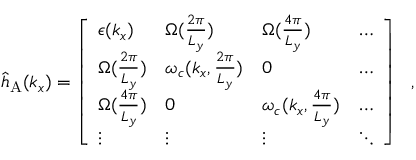
\begin{array} { r } { { \hat { h } } _ { \mathrm { A } } ( { k _ { x } } ) = \left[ \begin{array} { l l l l } { \epsilon ( k _ { x } ) } & { { \Omega } ( \frac { 2 \pi } { L _ { y } } ) } & { { \Omega } ( \frac { 4 \pi } { L _ { y } } ) } & { \hdots } \\ { { \Omega } ( \frac { 2 \pi } { L _ { y } } ) } & { \omega _ { c } ( { k _ { x } , \frac { 2 \pi } { L _ { y } } } ) } & { 0 } & { \hdots } \\ { { \Omega } ( \frac { 4 \pi } { L _ { y } } ) } & { 0 } & { \omega _ { c } ( { k _ { x } , \frac { 4 \pi } { L _ { y } } } ) } & { \hdots } \\ { \vdots } & { \vdots } & { \vdots } & { \ddots } \end{array} \right] ~ ~ , } \end{array}